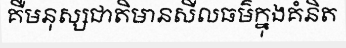
គឺមនុស្សជាតិមានសីលធម៌ក្នុងគំនិត